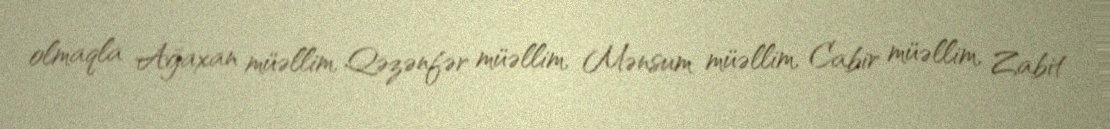
olmaqla Ağaxan müəllim, Qəzənfər müəllim, Mənsum müəllim, Cabir müəllim, Zabit